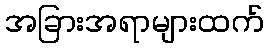
အခြားအရာများထက်